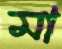
মা